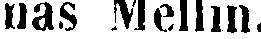
nas Mellin.